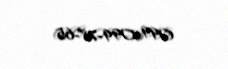
099-099-78-65